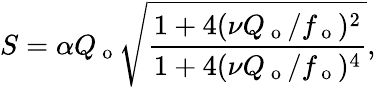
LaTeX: S=\alpha Q_{\mathrm{~o~}}\sqrt{\frac{1+4(\nu Q_{\mathrm{~o~}}/f_{\mathrm{~o~}})^{2}}{1+4(\nu Q_{\mathrm{~o~}}/f_{\mathrm{~o~}})^{4}}},